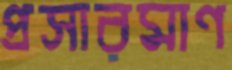
প্রসারমাণ